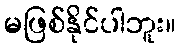
မဖြစ်နိုင်ပါဘူး။